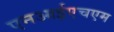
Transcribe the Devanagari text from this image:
एनआईएचएम